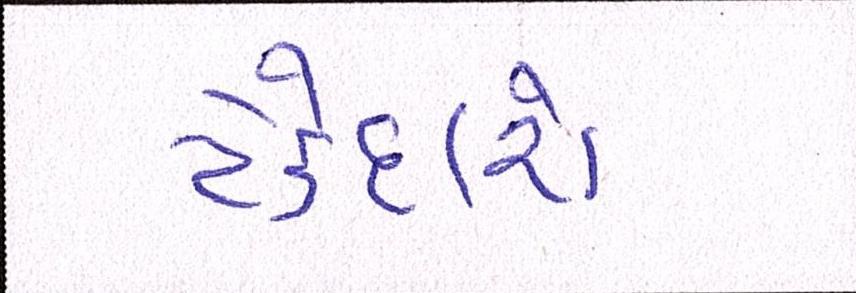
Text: ટેકેદારો